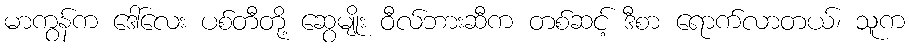
မာကွန်က ဒေါ်လေး ပစ်တီတို့ ဆွေမျိုး ဝီလ်ဘားဆီက တစ်ဆင့် ဒီစာ ရောက်လာတယ်၊ သူက